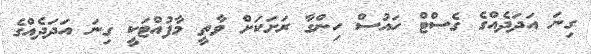
ގިނަ އަދަދެއްގެ ގެސްޓް ހައުސް ހިންގާ ރަށަކަށް ވާތީ މާފުއްޓަކީ ގިނަ އަދަދެއްގެ